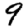
Digit: 9